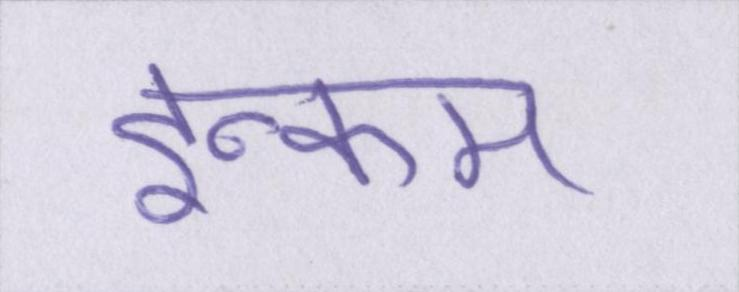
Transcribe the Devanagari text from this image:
इन्कम